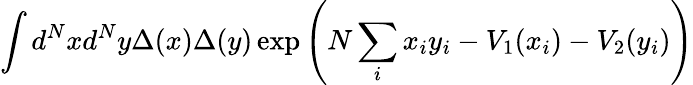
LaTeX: \int d^{N}xd^{N}y\Delta(x)\Delta(y)\exp\left(N\sum_{i}x_{i}y_{i}-V_{1}(x_{i})-V_{2}(y_{i})\right)